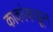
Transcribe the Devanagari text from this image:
काकांकडून